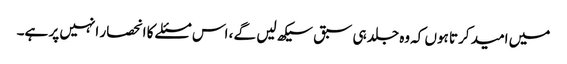
میں امید کرتا ہوں کہ وه جلد ہی سبق سیکھ لیں گے ، اس مسئلے کا انحصار انہیں پر ہے۔